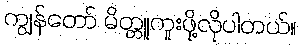
ကျွန်တော် မိတ္တူကူးဖို့လိုပါတယ်။